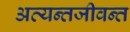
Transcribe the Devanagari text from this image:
अत्यन्तजीवन्त